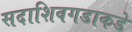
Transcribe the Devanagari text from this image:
सदाशिवगडाकडे